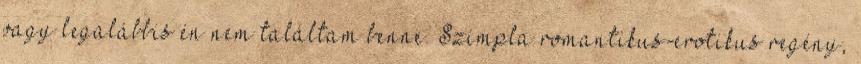
vagy legalábbis én nem találtam benne. Szimpla romantikus-erotikus regény,